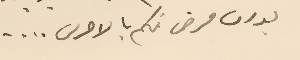
بدون مرض فكم بالاحرى ....